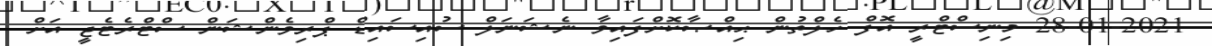
28-01-2021 މިނިސްޓްރީ އޮފް ހެލްތުން ޙިއްޞާކޮށްފައިވާ ނެޝަނަލް ސުއިސައިޑް ޕްރިވެންޝަން ސްޓްރެޓެޖީ އަށް